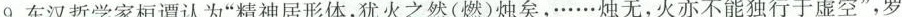
9.东汉哲学家桓谭认为”精神居形体，犹火之然(燃)烛矣，……烛无，火亦不能独行于虚空”，罗